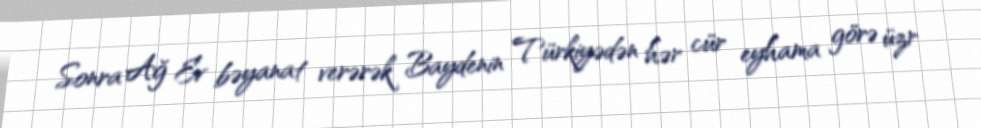
Sonra Ağ Ev bəyanat verərək Baydenin Türkiyədən hər cür eyhama görə üzr